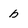
Character: b